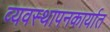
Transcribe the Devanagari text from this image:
व्यवस्थापनकार्यात